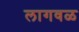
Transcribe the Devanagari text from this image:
लागवळ